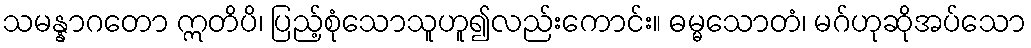
သမန္နာဂတော ဣတိပိ၊ ပြည့်စုံသောသူဟူ၍လည်းကောင်း။ ဓမ္မသောတံ၊ မဂ်ဟုဆိုအပ်သော